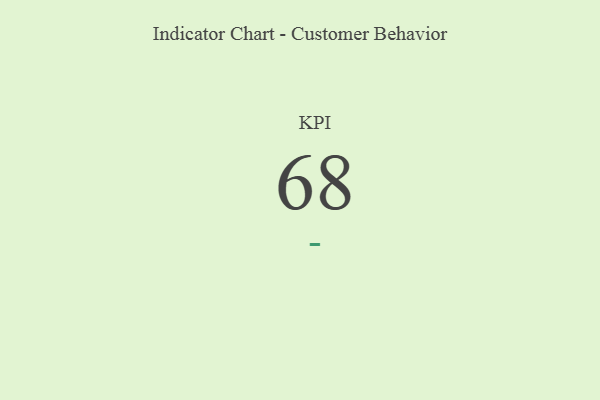
{"axis": {"x": "KPI", "y": "Value"}, "legend": [""], "data": [{"x": "KPI", "y": 68, "type": ""}]}